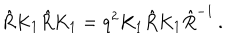
LaTeX: \hat { R } K _ { 1 } \hat { R } K _ { 1 } = q ^ { 2 } K _ { 1 } \hat { R } K _ { 1 } \hat { R } ^ { - 1 } \, .